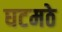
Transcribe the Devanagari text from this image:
घटमठे